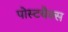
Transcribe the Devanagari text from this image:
पोस्टबैक्स